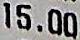
15.00